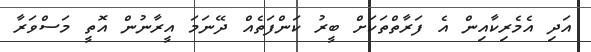
އަދި އެމެރިކާއިން އެ ފަރާތްތަކަށް ބީރު ކަންފަތެއް ދޭނަމަ އީރާނުން އޮތީ މަސްވަރާ